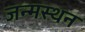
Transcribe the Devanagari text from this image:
जन्मस्थन